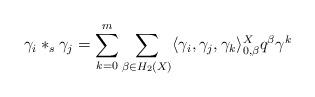
LaTeX: \begin{align*}\gamma_i *_s \gamma_j = \sum_{k=0}^m \sum_{\beta \in H_2(X)} \langle \gamma_i,\gamma_j,\gamma_k\rangle_{0,\beta}^X q^\beta \gamma^k\end{align*}